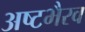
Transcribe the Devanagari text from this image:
अष्टभैरव